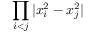
\displaystyle { \prod _ { i < j } | x _ { i } ^ { 2 } - x _ { j } ^ { 2 } | }